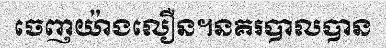
ចេញយ៉ាងលឿន។នគរបាលបាន